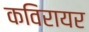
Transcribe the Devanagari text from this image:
कविरायर